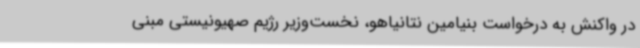
در واکنش به درخواست بنیامین نتانیاهو، نخست‌وزیر رژیم صهیونیستی مبنی